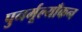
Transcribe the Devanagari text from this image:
पुनर्मूल्याँकन